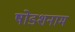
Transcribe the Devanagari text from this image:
षोडशनाम